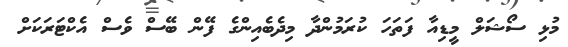
މުޅި ސޯޝަލް މީޑިއާ ފަތަހަ ކުރަމުންދާ މިދެބެއިންގެ ފޭން ބޭސް ވެސް އެކްޓަރަކަށް